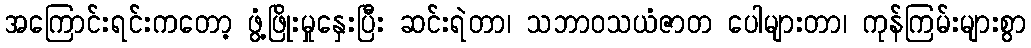
အကြောင်းရင်းကတော့ ဖွံ့ဖြိုးမှုနှေးပြီး ဆင်းရဲတာ၊ သဘာဝသယံဇာတ ပေါများတာ၊ ကုန်ကြမ်းများစွာ